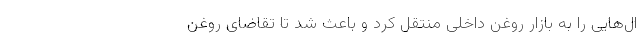
ال‌هایی را به بازار روغن داخلی منتقل کرد و باعث شد تا تقاضای روغن